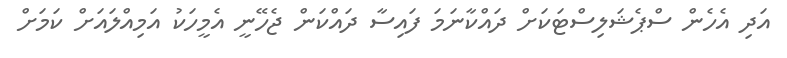
އަދި އެހެން ސްޕެޝަލިސްޓަކަށް ދައްކާނަމަ ފައިސާ ދައްކަން ޖެހޭނީ އެމީހަކު އަމިއްލައަށް ކަމަށް